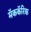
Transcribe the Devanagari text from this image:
मॅककॅरिक